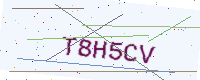
Text: T8H5CV